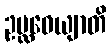
ဥပ္လဝေယျာတိ